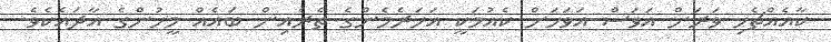
ކާއެއްޗެހި ވަރަށް އަވަސް އަވަހަށް ކެއުމަކީ އަހަރެމެންގެ ތެރެއިން ބައެއް މީހުންގެ އާދައެކެވެ.